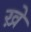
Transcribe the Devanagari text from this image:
ख़े